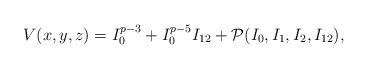
LaTeX: \begin{align*}V(x,y,z) = I_0^{p-3} + I_0^{p-5} I_{12} + {\cal P}(I_0,I_1,I_2,I_{12}),\end{align*}